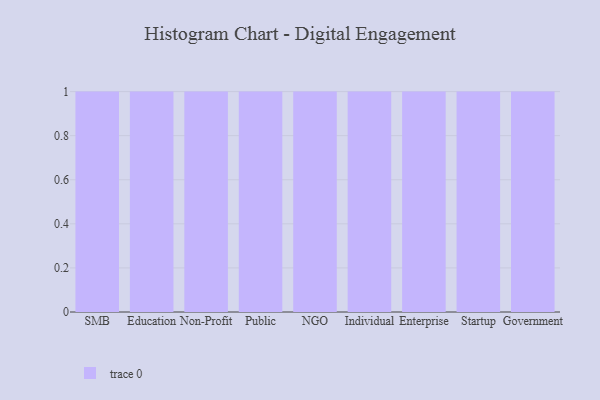
{"axis": {"x": "Segment", "y": "Gross Profit (USD K)"}, "legend": [""], "data": [{"x": "SMB", "y": 88, "type": ""}, {"x": "Education", "y": 64, "type": ""}, {"x": "Non-Profit", "y": 98, "type": ""}, {"x": "Public", "y": 54, "type": ""}, {"x": "NGO", "y": 50, "type": ""}, {"x": "Individual", "y": 1, "type": ""}, {"x": "Enterprise", "y": 93, "type": ""}, {"x": "Startup", "y": 91, "type": ""}, {"x": "Government", "y": 8, "type": ""}]}